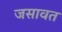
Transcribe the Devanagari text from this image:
जसावत